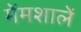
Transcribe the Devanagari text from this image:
मेंमशालें